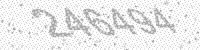
Solution: 246494